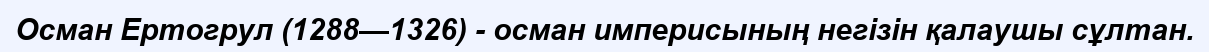
Осман Ертогрул (1288—1326) - осман империсының негізін қалаушы сұлтан.